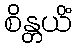
စိန္တယိံ